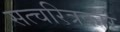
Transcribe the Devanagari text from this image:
सत्चरित्रकार